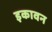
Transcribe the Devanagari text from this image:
इकावन